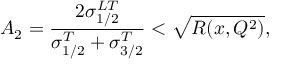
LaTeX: { \cal A } _ { 2 } = \frac { 2 \sigma _ { 1 / 2 } ^ { L T } } { \sigma _ { 1 / 2 } ^ { T } + \sigma _ { 3 / 2 } ^ { T } } < \sqrt { R ( x , Q ^ { 2 } ) } ,